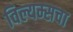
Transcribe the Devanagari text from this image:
विल्यम्सचा